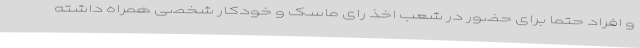
و افراد حتما برای حضور در شعب اخذ رای ماسک و خودکار شخصی همراه داشته